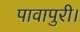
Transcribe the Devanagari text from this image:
पावापुरी।